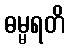
ဓမ္မရတိ